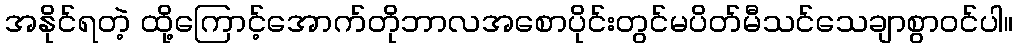
အနိုင်ရတဲ့ ထို့ကြောင့်အောက်တိုဘာလအစောပိုင်းတွင်မပိတ်မီသင်သေချာစွာဝင်ပါ။